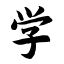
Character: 学